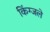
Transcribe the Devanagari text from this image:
किंग्जले